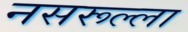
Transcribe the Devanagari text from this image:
नसरूल्ला